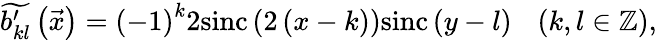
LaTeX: \widetilde{b_{kl}^{\prime}}\left(\vec{x}\right)=\left(-1\right)^{k}2\mathrm{sinc}\left(2\left(x-k\right)\right)\mathrm{sinc}\left(y-l\right)\ \ \ \left(k,l\in\mathbb{Z}\right),